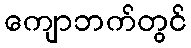
ကျောဘက်တွင်